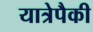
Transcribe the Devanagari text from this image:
यात्रेपैकी